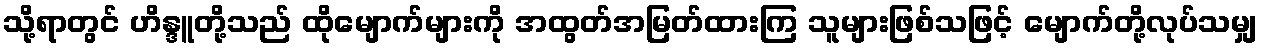
သို့ရာတွင် ဟိန္ဒူတို့သည် ထိုမျောက်များကို အထွတ်အမြတ်ထားကြ သူများဖြစ်သဖြင့် မျောက်တို့လုပ်သမျှ